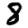
Digit: 8